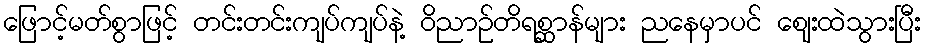
ဖြောင့်မတ်စွာဖြင့် တင်းတင်းကျပ်ကျပ်နဲ့ ဝိညာဉ်တိရစ္ဆာန်များ ညနေမှာပင် ဈေးထဲသွားပြီး